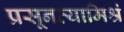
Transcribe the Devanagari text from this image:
प्रसूनव्यामिश्रं